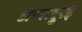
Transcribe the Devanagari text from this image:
अप्पादुरई